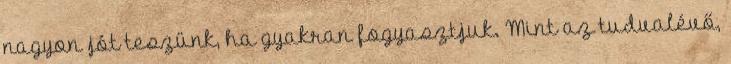
nagyon jót teszünk, ha gyakran fogyasztjuk. Mint az tudvalévő,